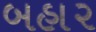
બહા૨